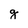
Character: g